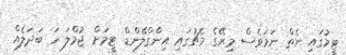
ޓީމުގައި ނެތް ނަމަވެސް މިރޭގެ މެޗުގައި އިންގްލޭންޑް ޓީމަށް ޖުމްލަ ހަ ބަދަލެއް